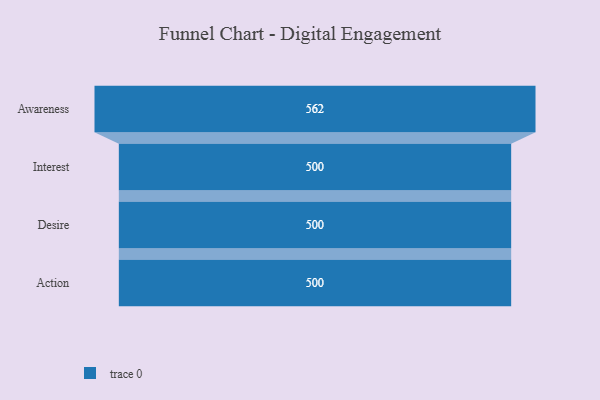
{"axis": {"x": "Stage", "y": "Value"}, "legend": [""], "data": [{"x": "Awareness", "y": 562.0, "type": ""}, {"x": "Interest", "y": 500, "type": ""}, {"x": "Desire", "y": 500, "type": ""}, {"x": "Action", "y": 500, "type": ""}]}